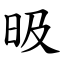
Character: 昅